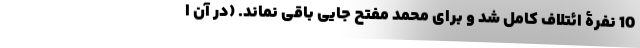
10 نفرۀ ائتلاف کامل شد و برای محمد مفتح جایی باقی نماند. (در آن ا